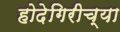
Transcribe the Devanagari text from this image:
होदेगिरीच्या